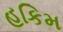
હકિમ